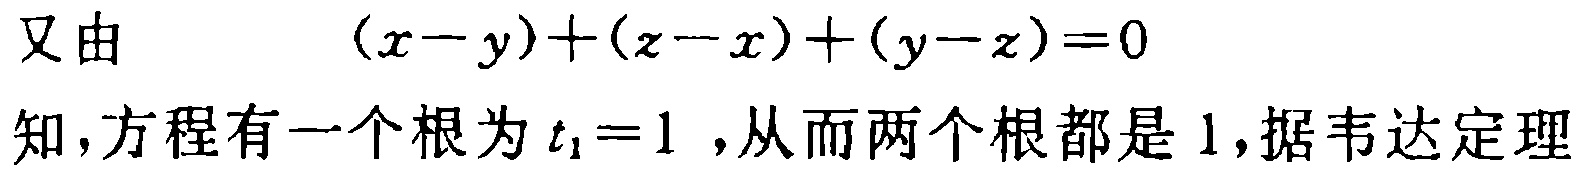
又由 \((x - y)+(z - x)+(y - z)=0\) 知，方程有一个根为 \(t_1 = 1\) ，从而两个根都是 \(1\)，据韦达定理